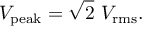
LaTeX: V _ { \mathrm { p e a k } } = { \sqrt { 2 } } \ V _ { \mathrm { r m s } } .